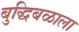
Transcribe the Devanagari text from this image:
बुद्धिबळाला